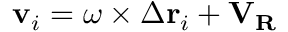
\mathbf { v } _ { i } = { \boldsymbol { \omega } } \times \Delta \mathbf { r } _ { i } + \mathbf { V } _ { \mathbf { R } }